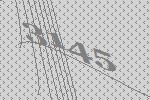
3145